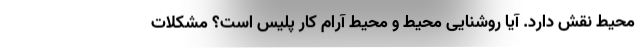
محیط نقش دارد. آیا روشنایی محیط و محیط آرام کار پلیس است؟ مشکلات